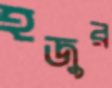
হজুর